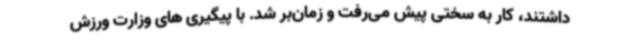
داشتند، کار به سختی پیش می‌رفت و زمان‌بر شد. با پیگیری های وزارت ورزش